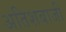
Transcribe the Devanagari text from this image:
अतिशबाजी